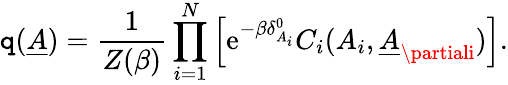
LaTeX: \mathtt{q}(\underline{{{A}}})=\frac{{1}}{{Z(\beta)}}\prod_{i=1}^{N}\left[\mathrm{{e}}^{-\beta\delta_{A_{i}}^{0}}C_{i}(A_{i},\underline{{{A}}}_{\partiali})\right].